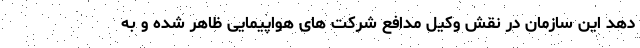
دهد این سازمان در نقش وکیل مدافع شرکت های هواپیمایی ظاهر شده و به